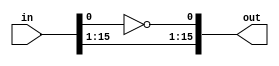
module alu_error_2 (
    input [15:0] in,
    output reg [15:0] out
  );
  
  
  
  always @* begin
    out[1+14-:15] = in[1+14-:15];
    out[0+0-:1] = ~in[0+0-:1];
  end
endmodule